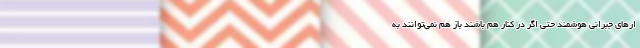
ار‌های جبرانیِ هوشمند حتی اگر در کنار هم باشند باز هم نمی‌توانند به